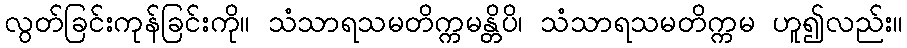
လွတ်ခြင်းကုန်ခြင်းကို။ သံသာရသမတိက္ကမန္တိပိ၊ သံသာရသမတိက္ကမ ဟူ၍လည်း။